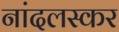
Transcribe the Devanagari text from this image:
नांदलस्कर